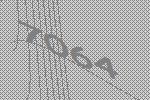
7064